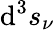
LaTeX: \mathrm{d}^{3}s_{\nu}